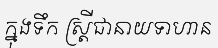
ក្នុងទឹក ស្ត្រីជានាយទាហាន